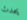
يحدث